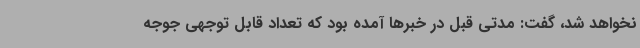
نخواهد شد، گفت: مدتی قبل در خبرها آمده بود که تعداد قابل توجهی جوجه